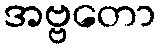
အဗ္ဗတော